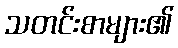
သတင်းစာများ၏